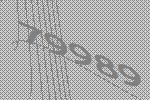
79989